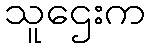
သူဌေးက